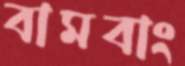
বামবাং